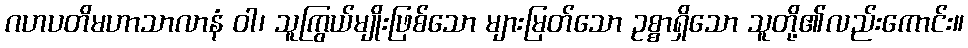
ဂဟပတိမဟာသာလာနံ ဝါ၊ သူကြွယ်မျိုးဖြစ်သော များမြတ်သော ဥစ္စာရှိသော သူတို့၏လည်းကောင်း။